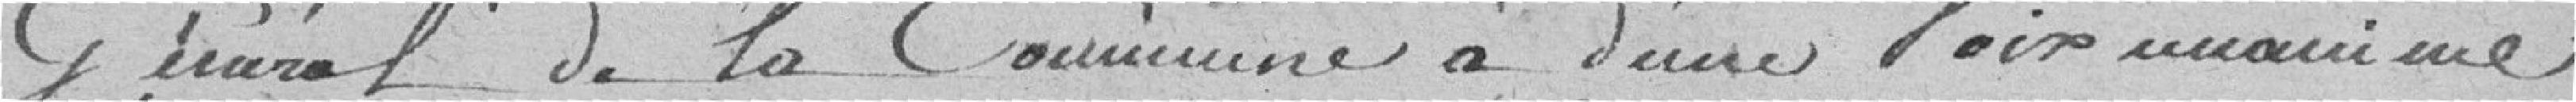
Général de la Commune a d'une voie unanime